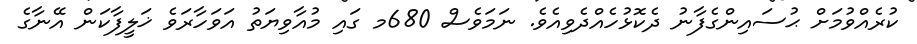
ކުރެއްވުމަށް ޙުސައިންގެފާނު ދެކޮޅުހެއްދެވިއެވެ. ނަމަވެސް 680މ ގައި މުއާވިޔަތު އަވަހާރަވެ ޚަލީފާކަން އޭނާގެ